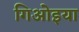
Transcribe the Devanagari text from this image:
गिओइया